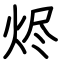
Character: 烬